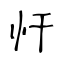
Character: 忓